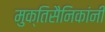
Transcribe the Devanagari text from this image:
मुक्तिसैनिकांनी